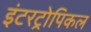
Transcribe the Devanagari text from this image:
इंटरट्रोपिकल